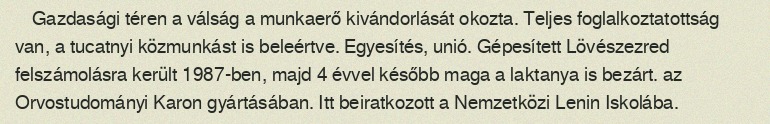
Gazdasági téren a válság a munkaerő kivándorlását okozta. Teljes foglalkoztatottság van, a tucatnyi közmunkást is beleértve. Egyesítés, unió. Gépesített Lövészezred felszámolásra került 1987-ben, majd 4 évvel később maga a laktanya is bezárt. az Orvostudományi Karon gyártásában. Itt beiratkozott a Nemzetközi Lenin Iskolába.